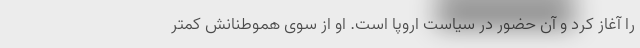
را آغاز کرد و آن حضور در سیاست اروپا است. او از سوی هموطنانش کمتر